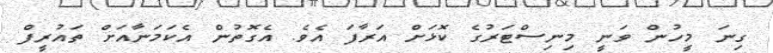
ގިނަ މީހުން ވަނީ މިނިސްޓަރުގެ ކޮޅަށް އަރާފަ އެވެ. އެގޮތުން އެކަމަނާއަށް ތައުރީފް